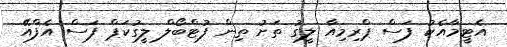
އެޓީމާއެކު ފަސް ޕްރިމިއާ ލީގު ތަށު ތިން ފުޓްބޯލް ލީގުކަޕް ފަސް އެފްއޭ